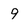
Character: 9